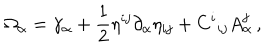
\Omega _ { \alpha } = \gamma _ { \alpha } + \frac { 1 } { 2 } \eta ^ { i j } \partial _ { \alpha } \eta _ { i j } + C ^ { i } { } _ { i j } A _ { \alpha } ^ { j } \, ,